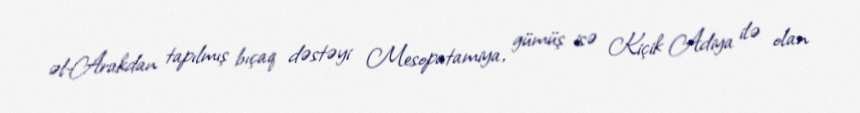
əl-Arakdan tapılmış bıçaq dəstəyi Mesopatamiya, gümüş isə Kiçik Adiya ilə olan